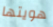
هويتها